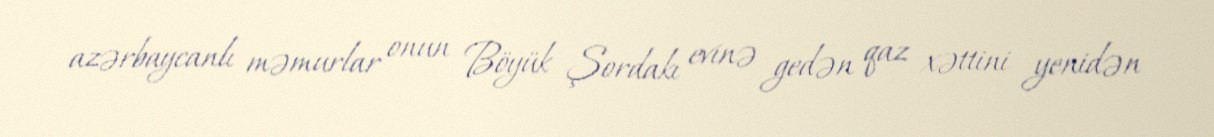
azərbaycanlı məmurlar onun Böyük Şordakı evinə gedən qaz xəttini yenidən